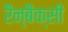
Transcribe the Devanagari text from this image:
रैन्बैक्सी